Madras plague regulations and rules for the inspection of inward and outward bound vessels - Volume 2
Disease focus: Plague
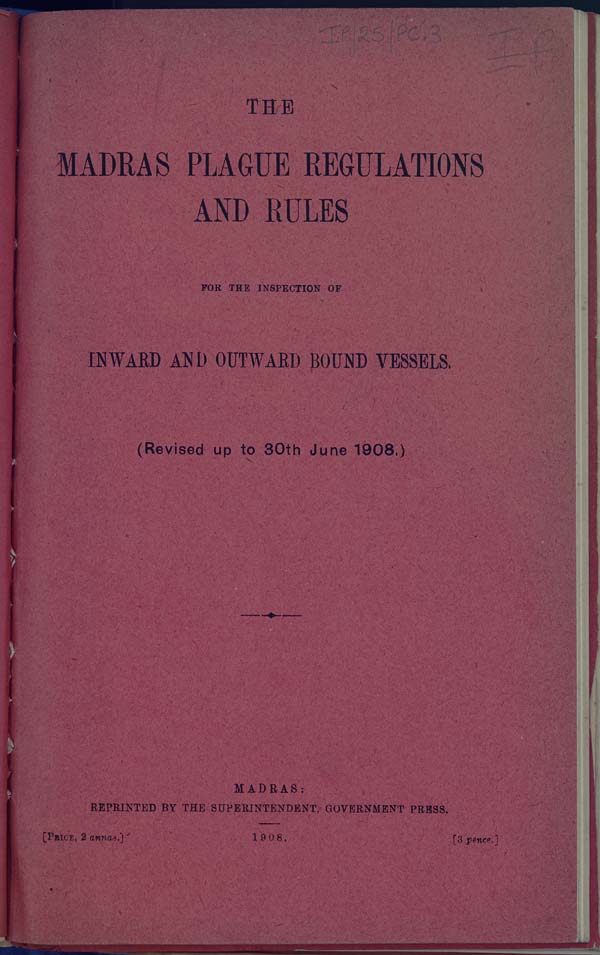
THE
MADRAS PLAGUE REGULATIONS
AND RULES
FOR THE INSPECTION OF
INWARD AND OUTWARD BOUND VESSELS.
(Revised up to 30th June 1908.)
MADRAS:
REPRINTED BY THE SUPERINTENDENT, GOVERNMENT PRESS.
[PRICE, 2
annas.]
1908.
[3 pence.]